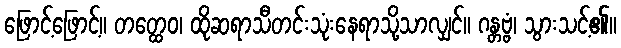
ဖြောင့်ဖြောင့်။ တတ္ထေဝ၊ ထိုဆရာသီတင်းသုံးနေရာသို့သာလျှင်။ ဂန္တဗ္ဗံ၊ သွားသင့်၏။